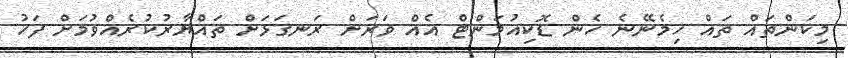
މިކަންތައް ތައް ހިމެނޭނެ ހެން ޑޮކިއުމަންޓް އެއް ވަރަށް ރަނގަަޅަށް ތައްޔާރުކުރެއްވުމަށް ފަހު